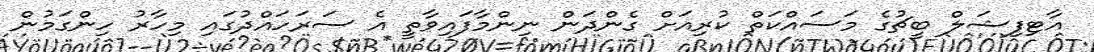
އާޓިފިޝަލް ބީޗުގެ މަސައްކަތް ކުރިއަށް ގެންދަން ނިންމާފައިވާތީ އެ ސަރަހައްދުގައި މިހާރު ހިންގަމުން